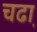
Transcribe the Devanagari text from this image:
चढा़